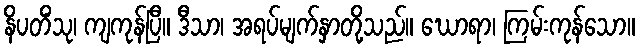
နိပတိံသု၊ ကျကုန်ပြီ။ ဒီသာ၊ အရပ်မျက်နှာတို့သည်။ ဃောရာ၊ ကြမ်းကုန်သော။